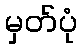
မှတ်ပုံ